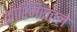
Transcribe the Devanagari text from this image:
काश्मिरातले